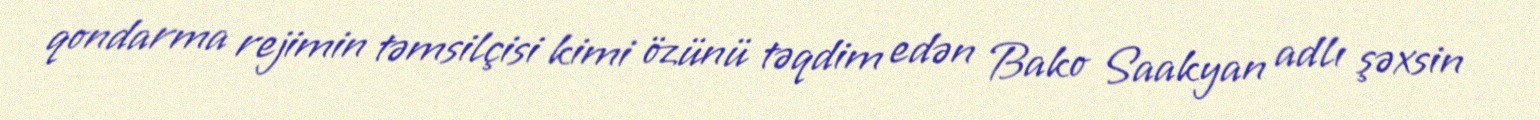
qondarma rejimin təmsilçisi kimi özünü təqdim edən Bako Saakyan adlı şəxsin